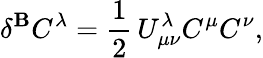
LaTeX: \delta^{\mathbf{B}}C^{\lambda}=\frac{{1}}{{2}}\, U_{\mu\nu}^{\lambda}C^{\mu}C^{\nu},